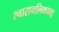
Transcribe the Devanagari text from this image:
श्वासनलिकाना